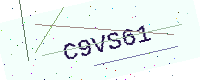
Text: C9VS61